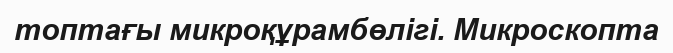
топтағы микроқұрамбөлігі. Микроскопта